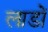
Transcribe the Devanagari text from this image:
लाडों